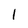
Character: l